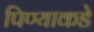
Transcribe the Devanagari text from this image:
पिण्याकडे